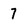
Character: 7